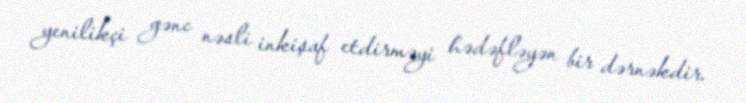
yenilikçi gənc nəsli inkişaf etdirməyi hədəfləyən bir dərnəkdir.